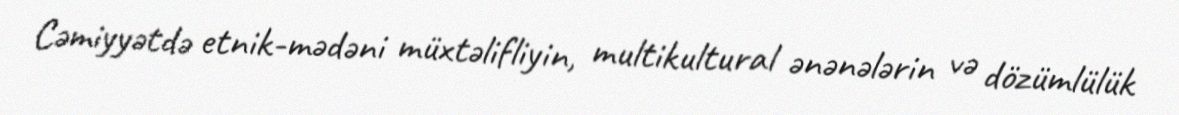
Cəmiyyətdə etnik-mədəni müxtəlifliyin, multikultural ənənələrin və dözümlülük